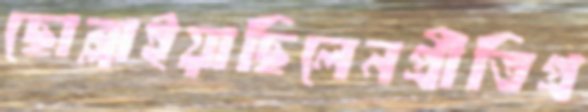
ছোব্‌লাইয়াছিলেনপ্রীতিপ্র